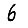
Digit: 6